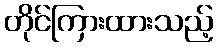
တိုင်ကြားထားသည့်